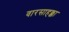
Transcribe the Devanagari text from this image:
वारसाहक्का